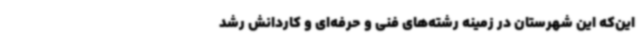
این‌که این شهرستان در زمینه رشته‌های فنی و حرفه‌ای و کاردانش رشد